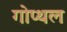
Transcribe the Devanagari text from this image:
गोप्थल